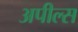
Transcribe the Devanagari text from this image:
अपील्‍स